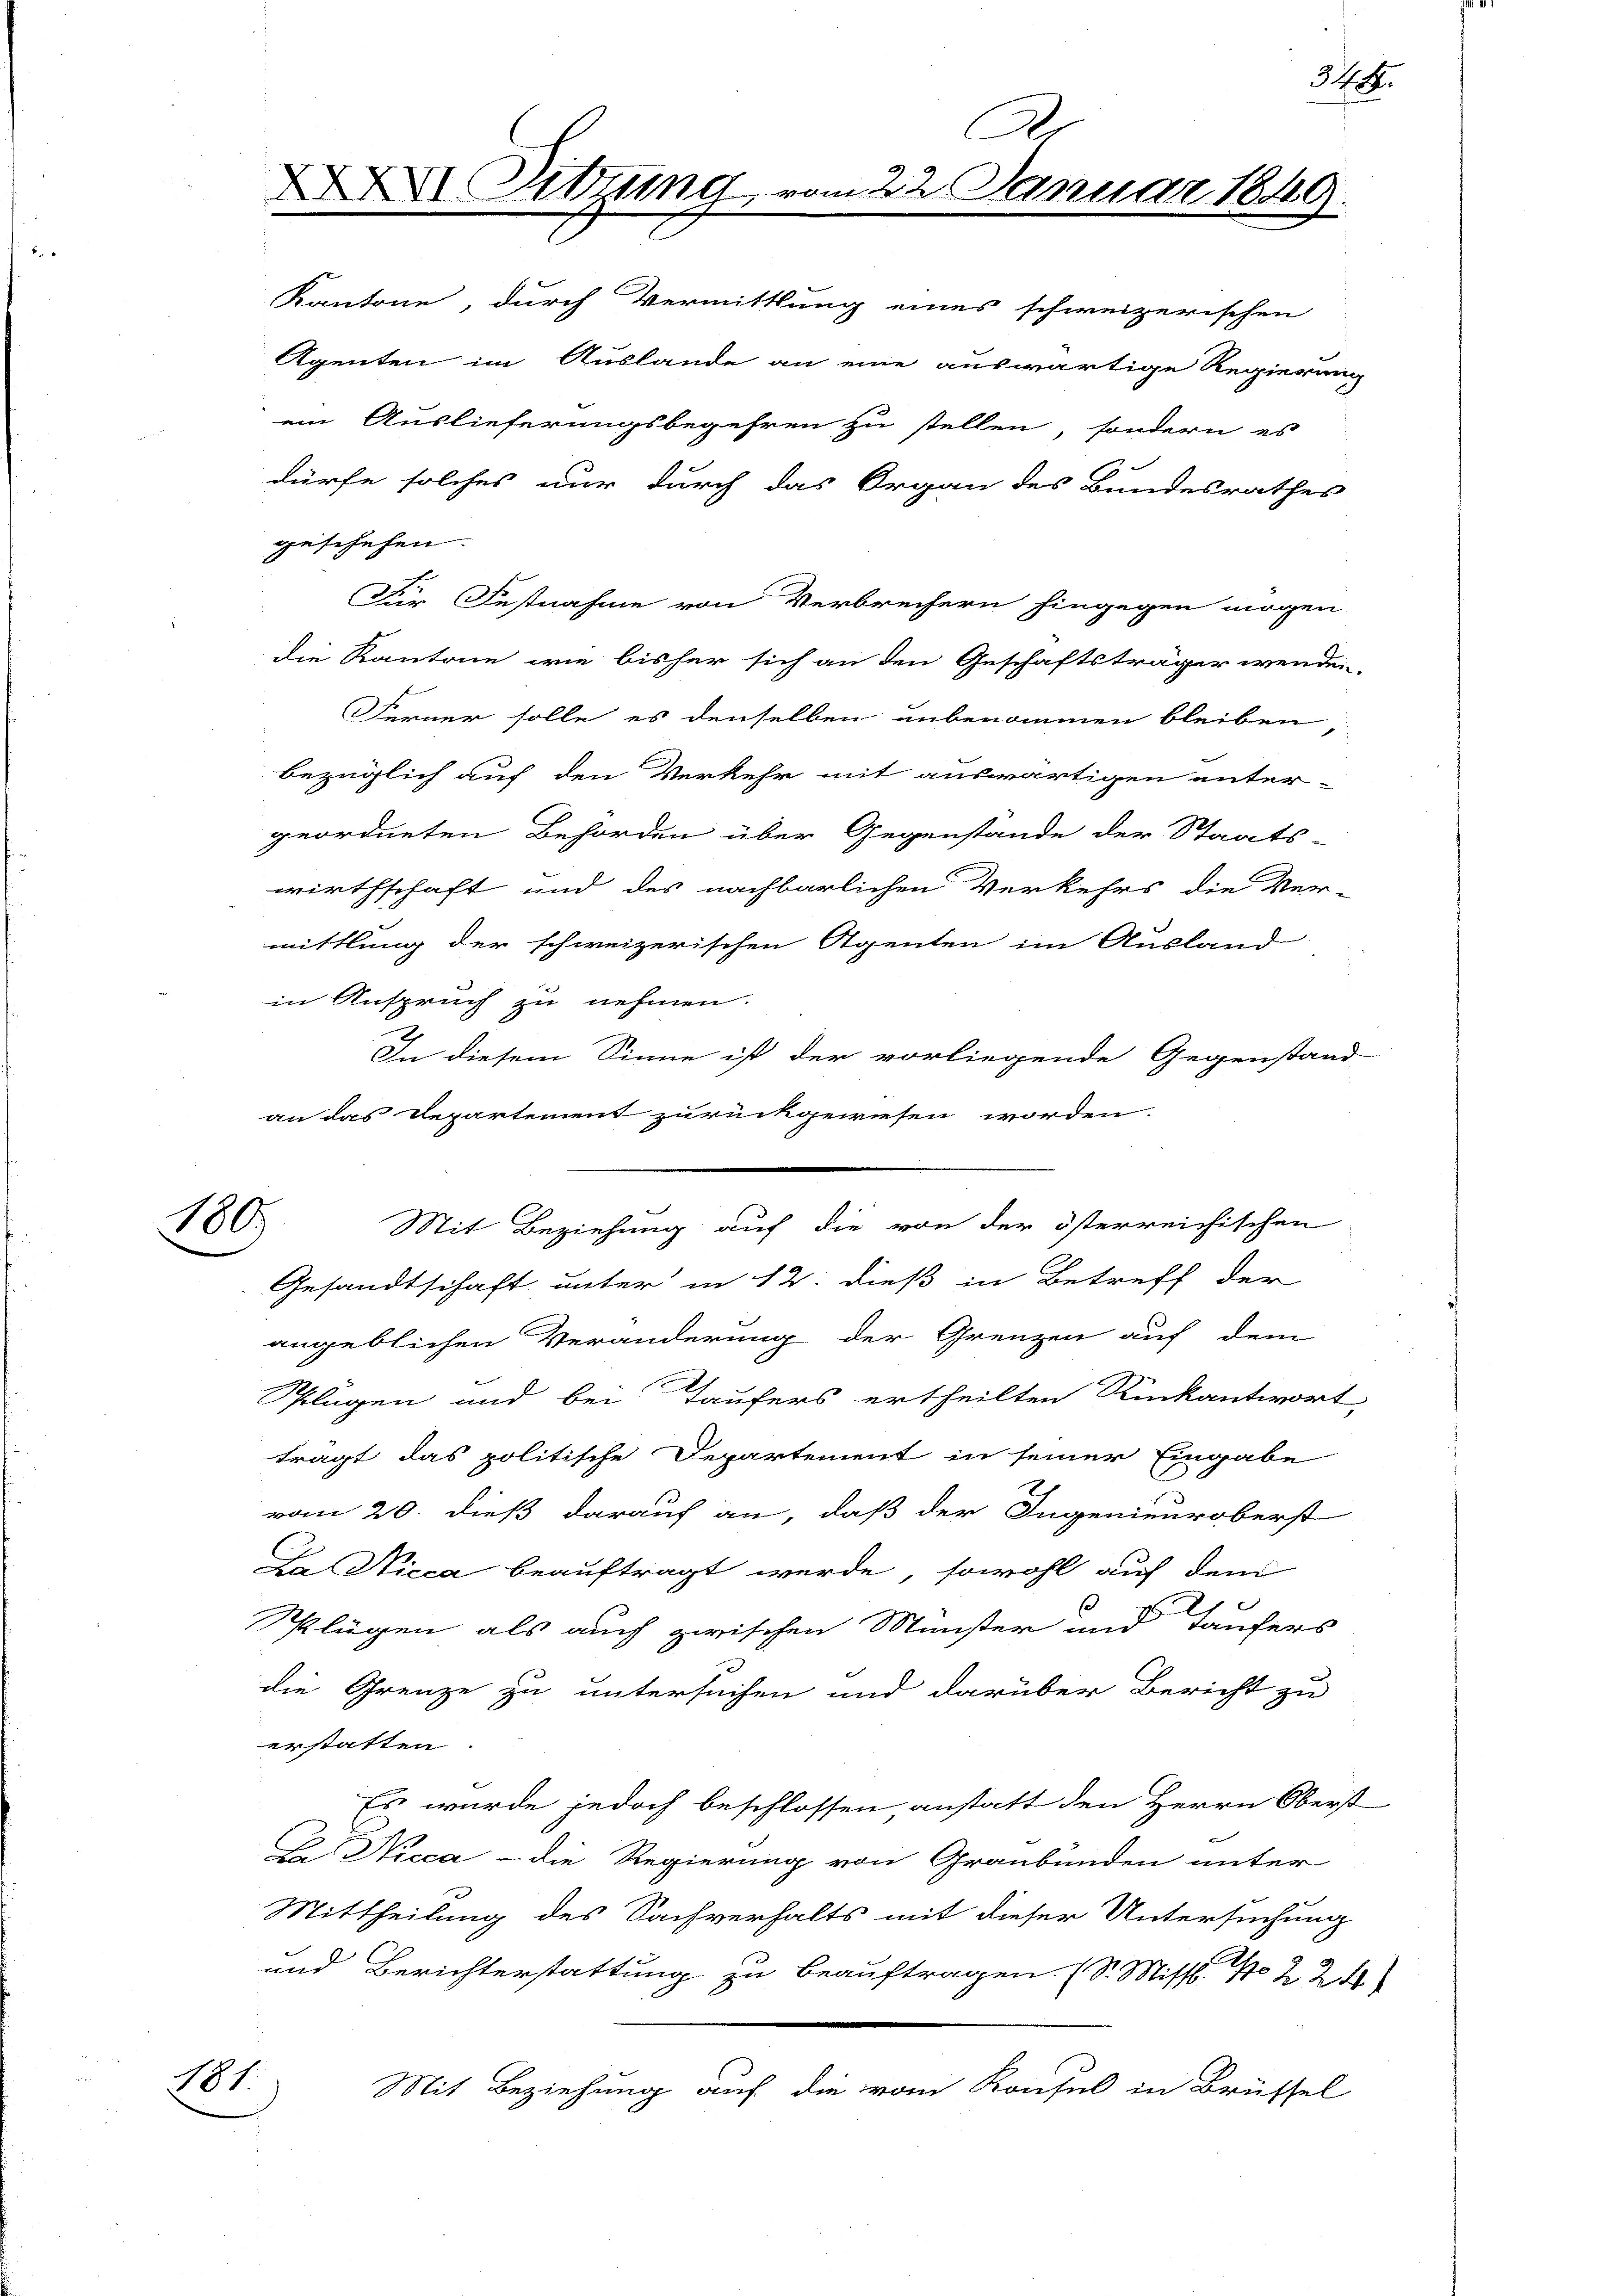
100

101.

A
 Sitzung vom 22. Januar 185
Kantone, durch Vermittlung eines schweizerischen

Agenten im Auslande an eine auswärtige Regierung
geschehen.
Für Festnahme von Verbrechern hingegen mögen
die Kantone wie bisher sich an den Geschäftsträger wenden.
Ferner solle es denselben unbenommen bleiben,
bezüglich auf den Verkehr mit auswärtigen unter-
geordneten Behörden über Gegenstände der Staats-
wirthschaft und des nachbarlichen Verkehrs die Ver-
mittlung der schweizerischen Agenten im Ausland
in Anspruch zu nehmen.
In diesem Sinne ist der vorliegende Gegenstand
an das Departement zurückgewiesen worden.
Mit Beziehung auf die von der österreichischen
Gesandtschaft unter in 12. dieß in Betreff der
angeblichen Veränderung der Grenzen auf dem
Plügen und bei Taufers ertheilten Rückantwort,
tragt das politische Departement in seiner Eingabe
vom 20. dieß darauf an, daß der Ingenieuroberst
La Nicca beauftragt werde, sowohl auf dem
s
Splügen als auch zwischen Münster und Taufers
die Grenze zu untersuchen und darüber Bericht zu
erstatten
Es wurde jedoch beschlossen, anstatt den Herrn Oberst
Er. Nicca - die Regierung von Graubünden unter
Mittheilung des Sachverhalts mit dieser Untersuchung
und Berichterstattung zu beauftragen. (S. Miss. No 224
Mit Beziehung auf die vom Konsul in Brüssel

ein Auslieferungsbegehren zu stellen, sondern es
dürfe solches nur durch das Organ des Bundesrathes

34.

20